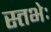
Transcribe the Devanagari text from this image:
स्तभेः